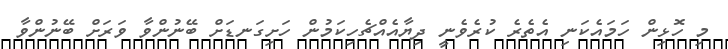
މި ހޮޅިން ހަމައެކަނި އެތެރެ ކުރެވެނީ ދިޔާއެއްޗެހިކަމުން ހަށިގަނޑަށް ބޭނުންވާ ވަރަށް ބޭނުންވާ